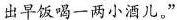
出早饭喝一两小酒儿。”